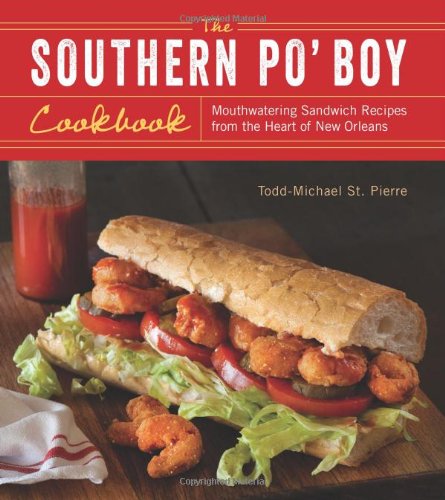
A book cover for The Southern Po' Boy Cookbook: Mouthwatering Sandwich Recipes from the Heart of New Orleans; Todd-Michael St. Pierre; Cookbooks, Food & Wine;